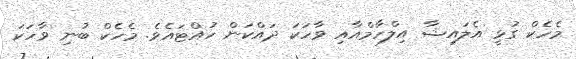
މެހެކް ގުޅީ އެލައިޝާ އިލްހާމްއާއި ވާހަކަ ދައްކަން ހުއްޓައެވެ. މެހެކް ބުނި ވާހަކަ